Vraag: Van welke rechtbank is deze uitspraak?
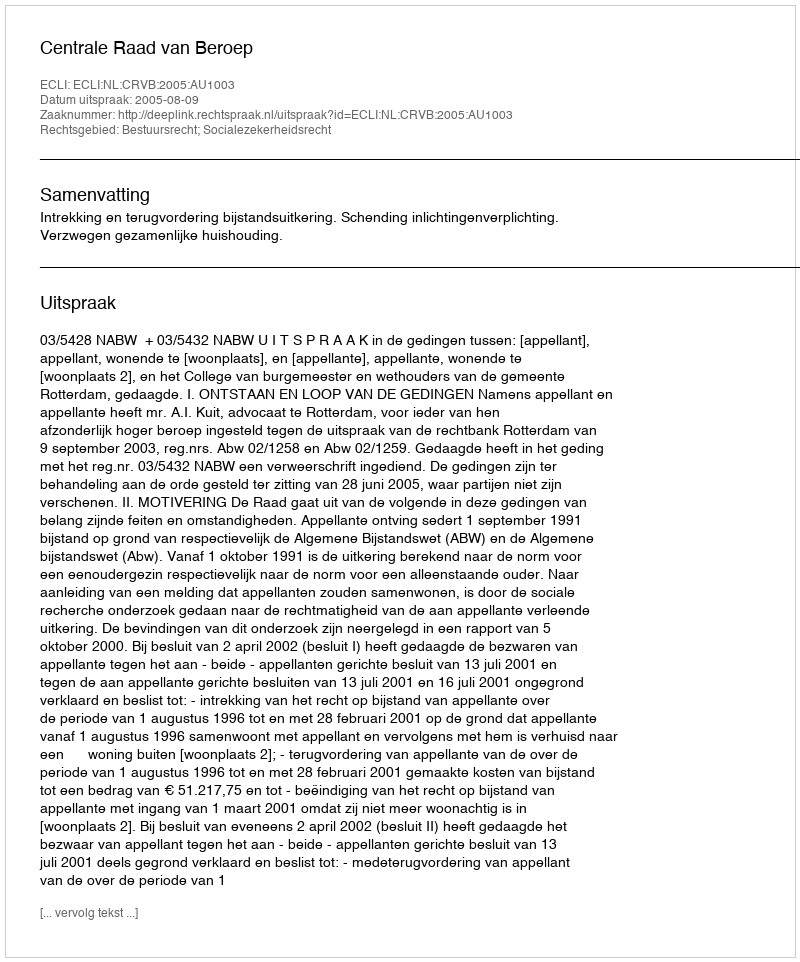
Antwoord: Centrale Raad van Beroep